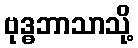
ဗုဒ္ဓဘာသာသို့